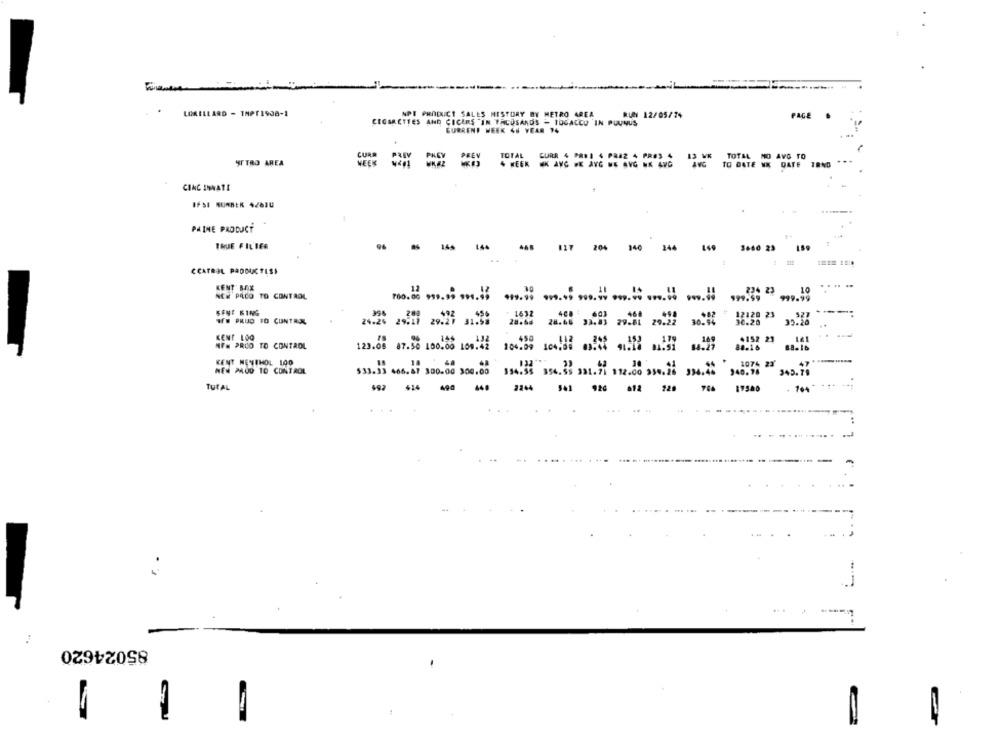
LOMILLARD - TAPT1908-2
NPI PRODUCT SALES HISTORY BY METRO AREA
RUM 12/05/74
PAGE
CIGARETTES AND CICERS "IN TACOSANDS - TOGACCU IN PUUNUS
CURRENT WEEK 4H YEAR 14
CURR
TOTAL CURR 4 PARI 4 PAJZ 4 PROS 4 13 WE TOTAL MO AVG TO
STTRO AREA
WEEK
4 WEEK WK AVG WE AVG NE AVG NK ANG
AVG TO DATE WK DATE TRND
...
CINCINNATI
PAINE PRODUCT
..
THUE FILTER
448
204
140
244
3660 23
CCATROL PADOCTLSI
KENT' BAX
.-
NE# PACO TO CONTROL
224 23
999.99
SENE KING
1632
W# PRUD TO CONTROL
12120 23
28.66 33.83 29.81 29.22
39.26
KENT LOG
:152 21
NFN PROO TO CONTROL
123.08 87.50 100.00 109.42
80.16
KENT MENTHOL 100
NEW PROD TO CONTROL
349. 17
$33.33 466- 47 300-00 306.00 354.35 354.55 331.71 112.00 994. 20 394.44
940.56
TuTAL
- - - - - --
920
96% 17500
100-
85024620